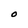
Character: O